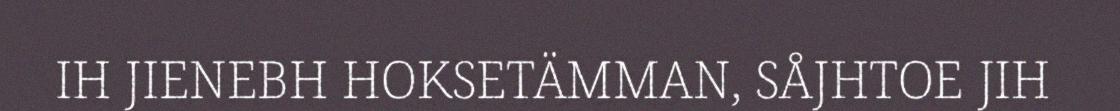
IH JIENEBH HOKSETÄMMAN, SÅJHTOE JIH